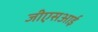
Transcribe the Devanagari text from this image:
जीएसआई